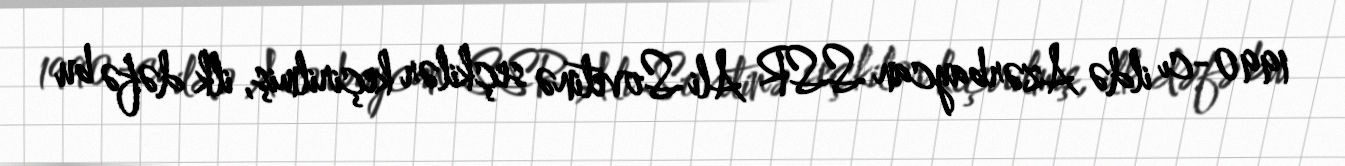
1990-cı ildə Azərbaycan SSR Ali Sovetinə seçkilər keçirilmiş, ilk dəfə bu